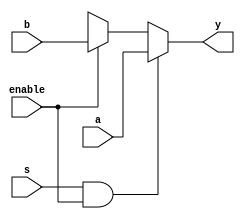
`timescale 1ns / 1ps

module mux2to1(enable, s, a, b,y);
	input enable,s,a,b;
	output y;
	reg y;
	always @(enable or s)
		 mux2_1(enable, s, a, b, y);
		 
		 
		task mux2_1;
			input enable,s,a,b;
			output y;
			begin
				if(s & enable)
					y=a;
				else if(enable)
					y=b;
			end
		endtask
endmodule